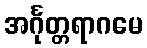
အင်္ဂုတ္တရာဂမေ